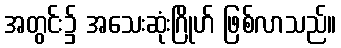
အတွင်း၌ အသေးဆုံးဂြိုဟ် ဖြစ်လာသည်။